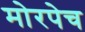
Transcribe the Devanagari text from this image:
मोरपेच